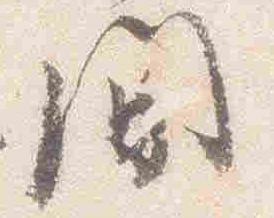
間